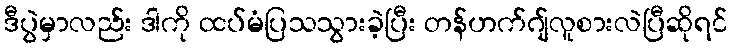
ဒီပွဲမှာလည်း ဒါကို ထပ်မံပြသသွားခဲ့ပြီး တန်ဟက်ဂျ်လူစားလဲပြီဆိုရင်